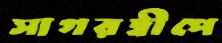
সাগরদ্বীপে